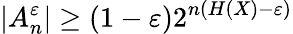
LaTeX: \left|A_{n}^{\varepsilon}\right|\geq(1-\varepsilon)2^{n(H(X)-\varepsilon)}